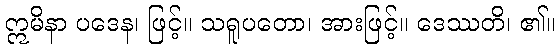
ဣမိနာ ပဒေန၊ ဖြင့်။ သရူပတော၊ အားဖြင့်။ ဒေဿတိ၊ ၏။